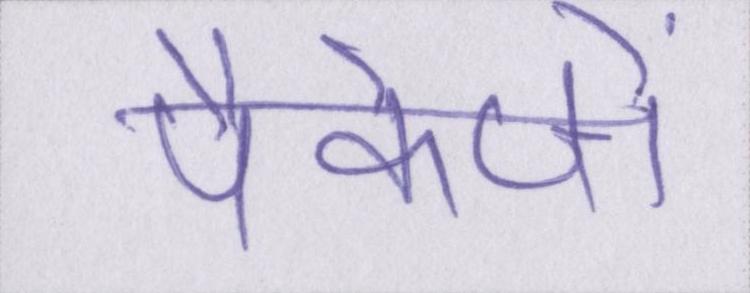
पैकेजों